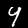
Digit: 4